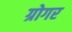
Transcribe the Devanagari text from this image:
ग्रोगर